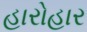
હારોહાર